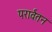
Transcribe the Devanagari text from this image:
परार्वतन